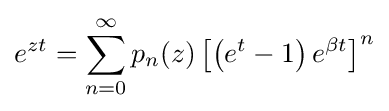
e^{zt}=\sum _{n=0}^{\infty }p_{n}(z)\left[\left(e^{t}-1\right)e^{\beta t}\right]^{n}